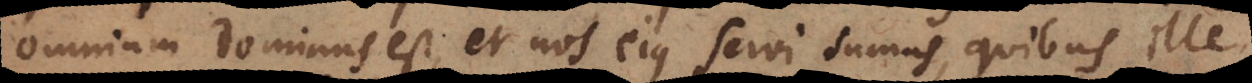
omnium Dominus est, et nos ejus servi sumus, quibus ille